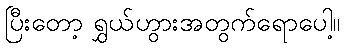
ပြီးတော့ ရွှယ်ဟွားအတွက်ရောပေါ့။